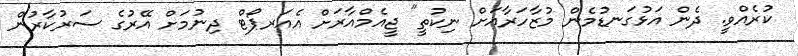
ކުރެއްވީ. ދެން އަޅުގަނޑުމެން މުޒާހަރާއަށް ނިކުތީ" ޖީއެމްއާރަށް އެއަރޕޯޓް ދިނުމަށް އޭރުގެ ސަރުކާރުން